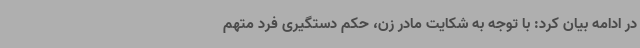
در ادامه بیان کرد: با توجه به شکایت مادر زن، حکم دستگیری فرد متهم